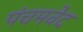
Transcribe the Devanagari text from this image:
पंचमवेद